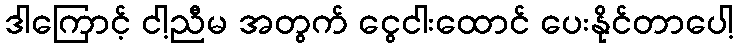
ဒါကြောင့် ငါ့ညီမ အတွက် ငွေငါးထောင် ပေးနိုင်တာပေါ့